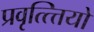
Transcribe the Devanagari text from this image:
प्रवृत्त्त्तियो